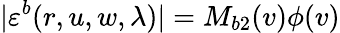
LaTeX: |\varepsilon^{b}(r,u,w,\lambda)|=M_{b2}(v)\phi(v)